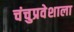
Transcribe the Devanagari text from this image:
चंचुप्रवेशाला